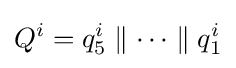
Q^{i}=q_{5}^{i}\parallel \cdots \parallel q_{1}^{i}